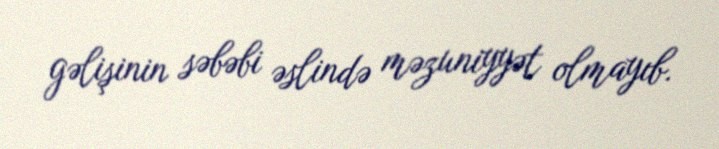
gəlişinin səbəbi əslində məzuniyyət olmayıb.